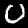
Label: 0